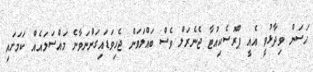
ހަސަން ވިދާޅުވީ އެއީ ޕްރޮސެކިއުޓާ ޖެނެރަލް ވެސް ބައްލަވަން ޖެހިވަޑައިގަންނަވާނެ މައްސަލައެއް ކަމަށައި